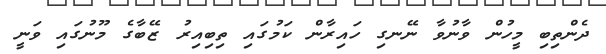
ދެންތިބި މީހުން ވާނުވާ ނޭނގި ހައިރާން ކަމުގައި ތިބިއިރު ޒޭބާގެ މޫނުގައި ވަނީ